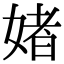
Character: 媎